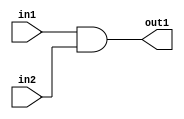
module ASG_NR_NBCB (in1, in2, out1);
   input in1;
   input in2;
   output out1;
   reg out1;
   always @(in1 or in2)
   out1 <= in1 & in2;
endmodule